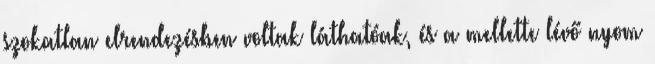
szokatlan elrendezésben voltak láthatóak, és a mellette lévő nyom